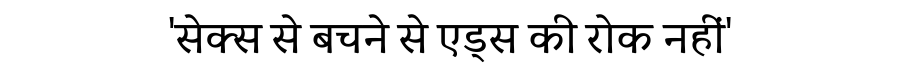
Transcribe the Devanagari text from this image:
'सेक्स से बचने से एड्स की रोक नहीं'